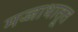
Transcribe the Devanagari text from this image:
मज्जाधातूत